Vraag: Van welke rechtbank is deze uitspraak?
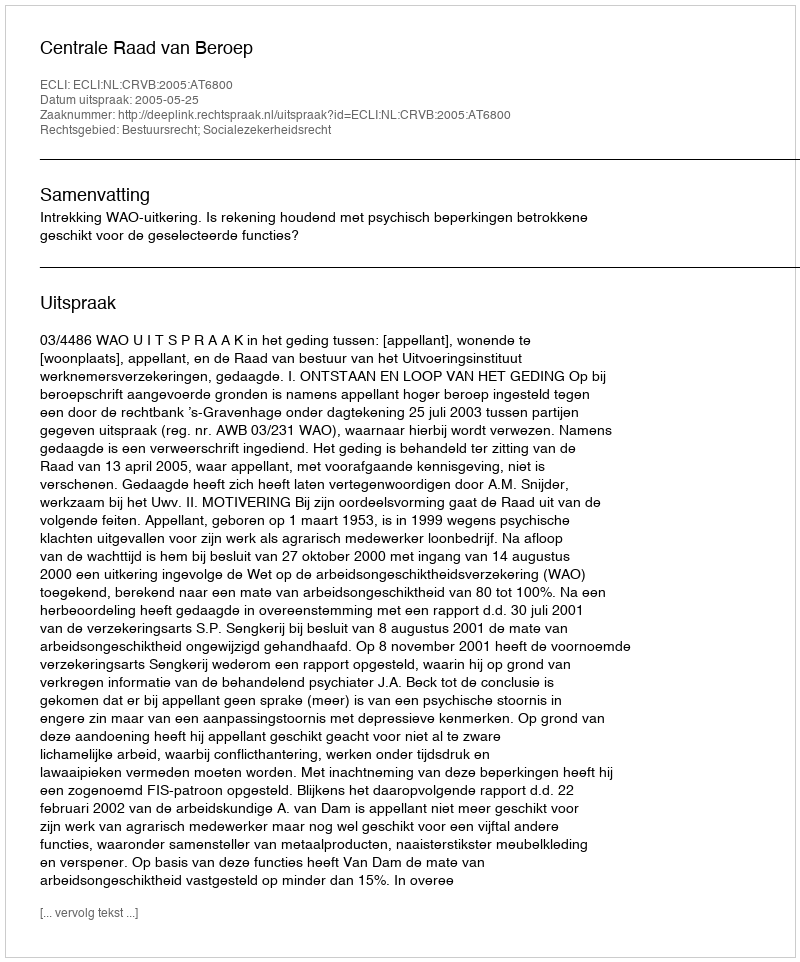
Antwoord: Centrale Raad van Beroep